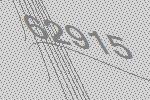
62915